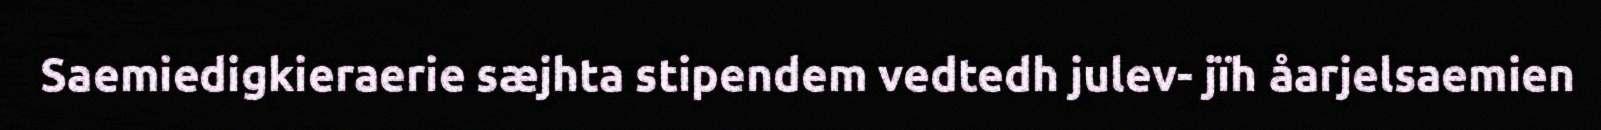
Saemiedigkieraerie sæjhta stipendem vedtedh julev- jïh åarjelsaemien